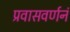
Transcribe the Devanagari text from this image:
प्रवासवर्णनं